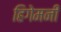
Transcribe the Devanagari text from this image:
हिगेमनी